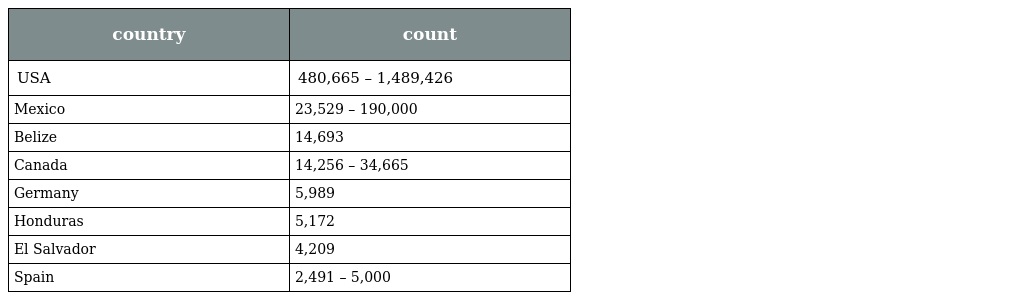
| country | count |
 | --- | --- |
 | USA | 480,665 – 1,489,426 |
 | Mexico | 23,529 – 190,000 |
 | Belize | 14,693 |
 | Canada | 14,256 – 34,665 |
 | Germany | 5,989 |
 | Honduras | 5,172 |
 | El Salvador | 4,209 |
 | Spain | 2,491 – 5,000 |